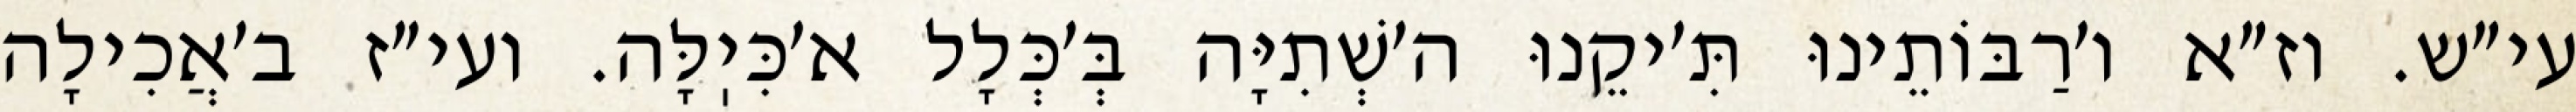
עי״ש. וז״א ו׳רַבּוֹתֵינוּ תִּ׳יקֵנוּ ה׳שְׁתִיָּה בְּ׳כְּלָל א׳כִּיֽלָּה. ועי״ז ב׳אֲכִילָה